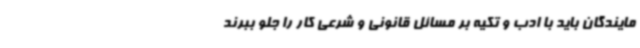
مایندگان باید با ادب و تکیه بر مسائل قانونی و شرعی کار را جلو ببرند